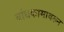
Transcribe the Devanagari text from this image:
बांधकामावरुन